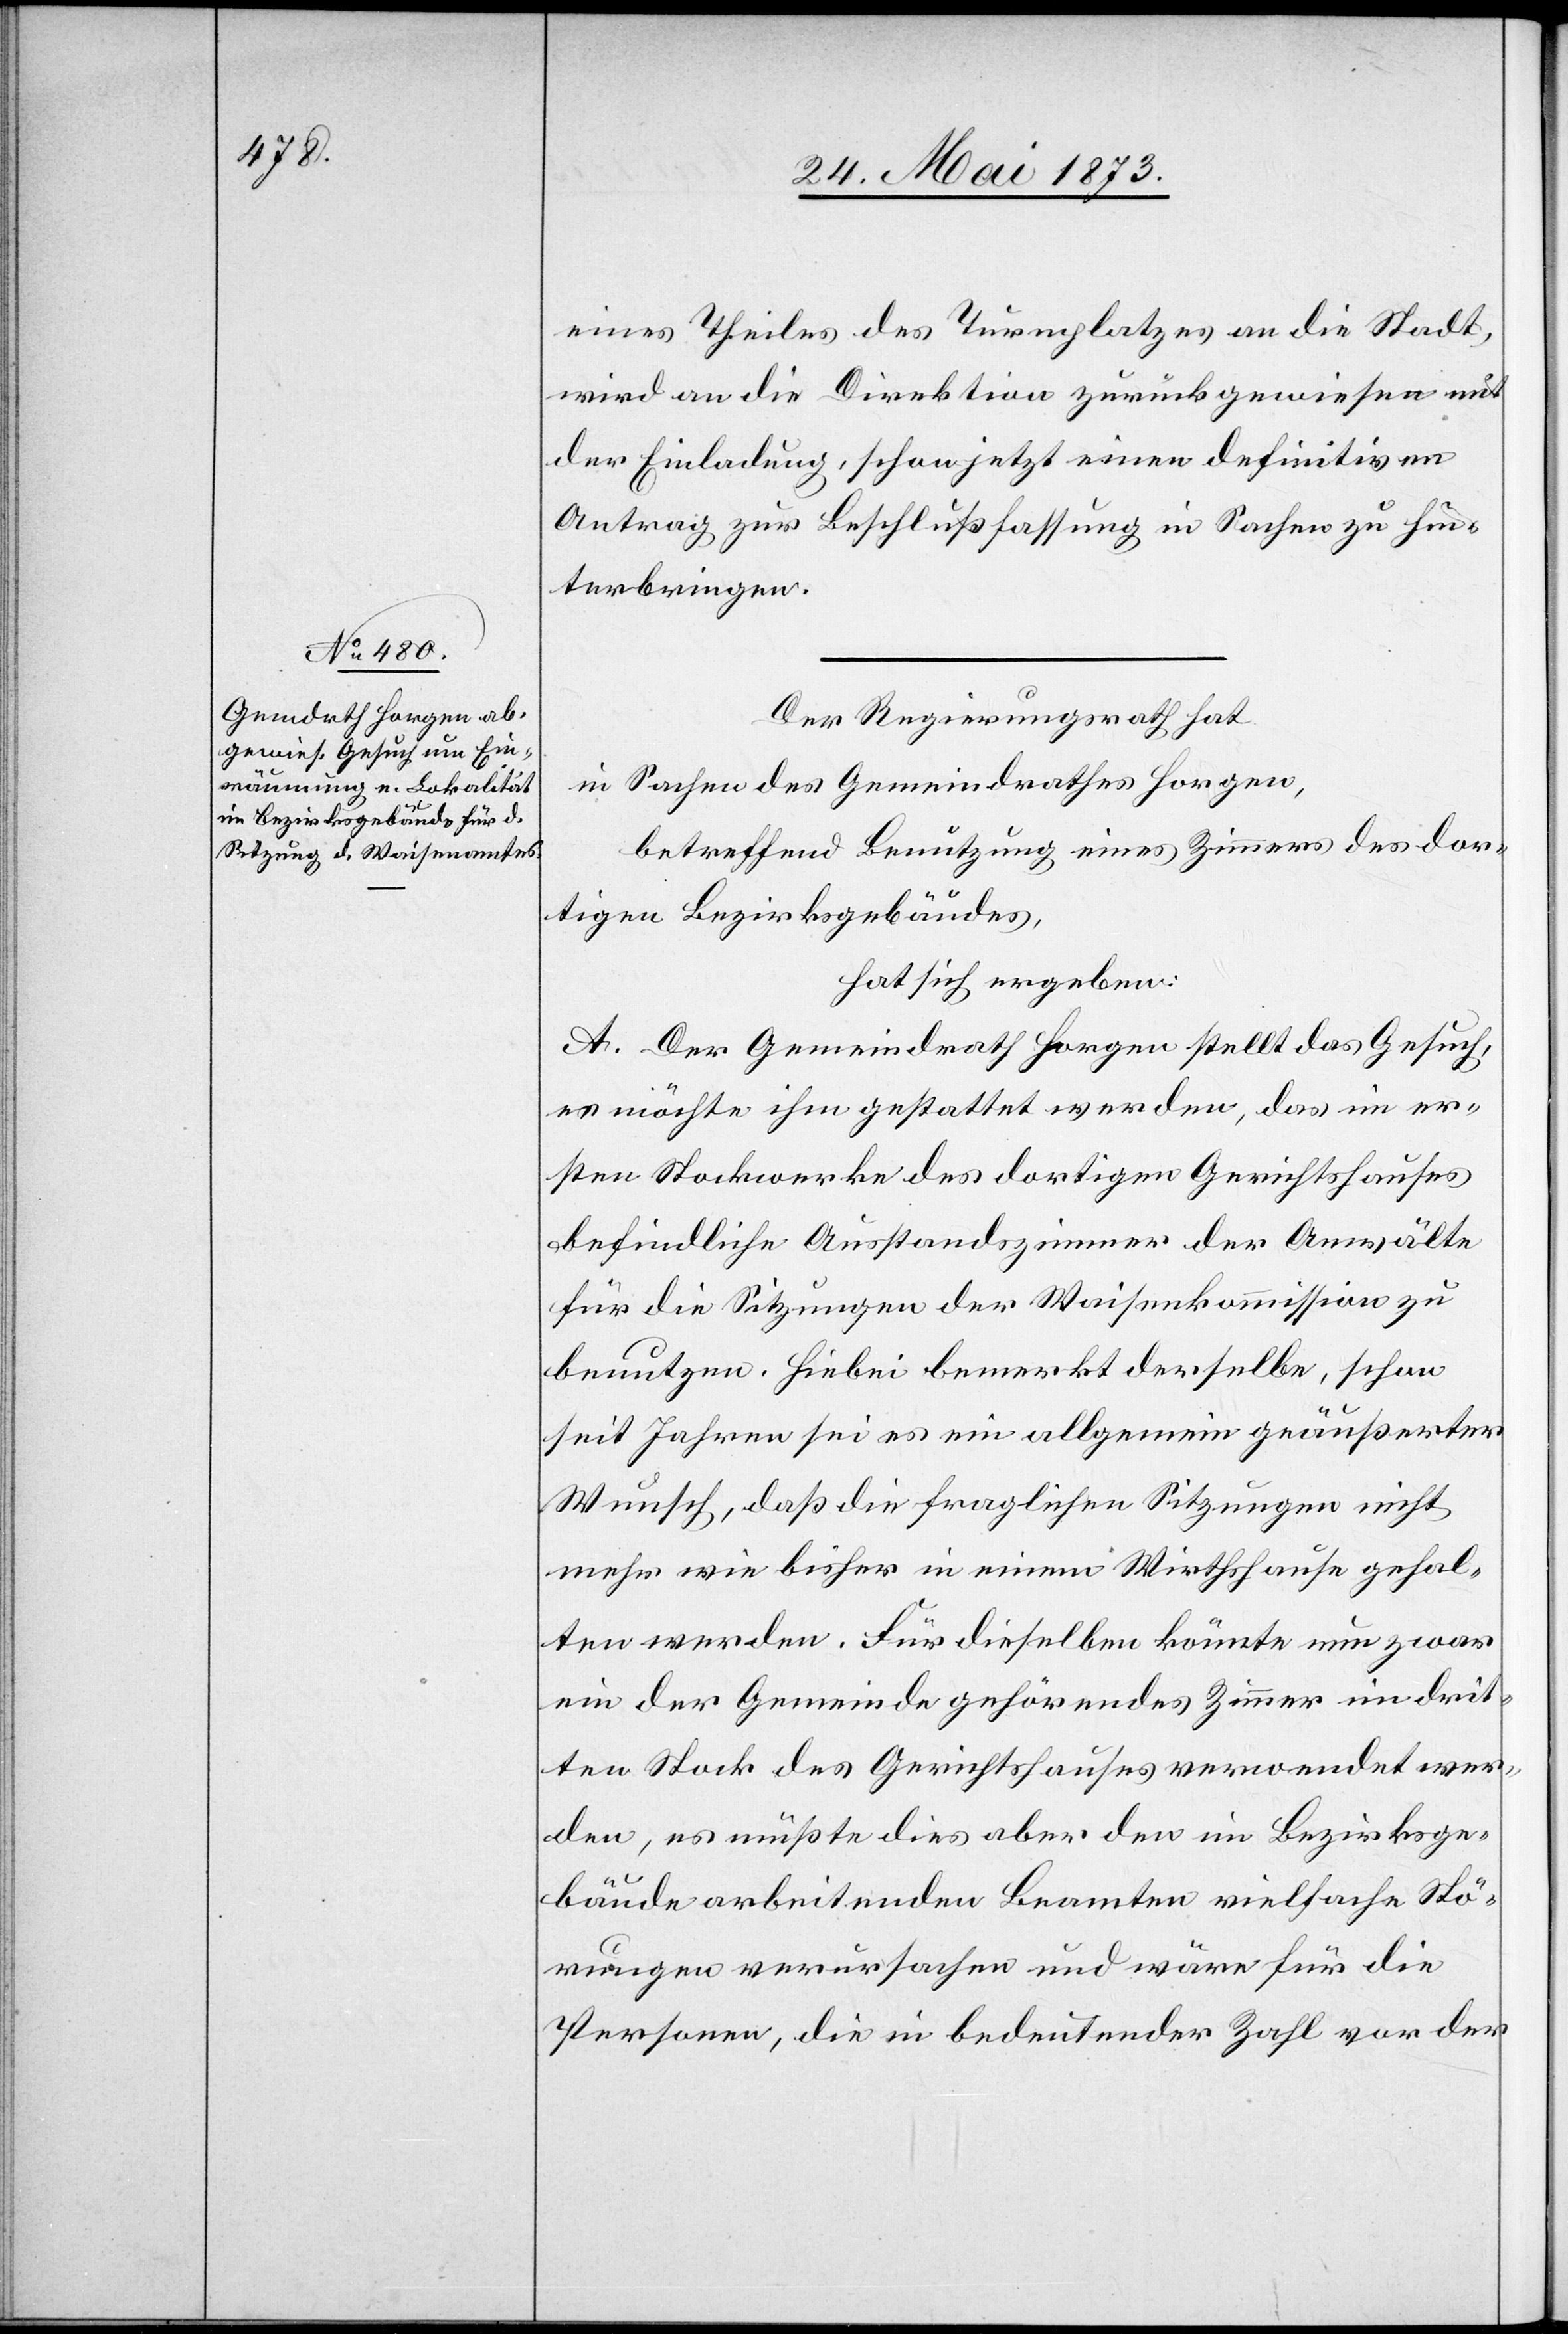
eines Theiles des Turnplatzes an die Stadt,
wird an die Direktion zurückgewiesen mit
der Einladung, schon jetzt einen definitiven
Antrag zur Beschlußfassung in Sachen zu hin¬
terbringen.
Der Regierungsrath hat
in Sachen des Gemeindrathes Horgen,
betreffend Benützung eines Zimmers des dor¬
tigen Bezirksgebäudes,
hat sich ergeben:
A. Der Gemeindrath Horgen stellt das Gesuch,
es möchte ihm gestattet werden, das im er¬
sten Stockwerke des dortigen Gerichtshauses
befindliche Ausstandszimmer der Anwälte
für die Sitzungen der Waisenkommission zu
benutzen. Hiebei bemerkt derselbe, schon
seit Jahren sei es ein allgemein geäußerter
Wunsch, daß die fraglichen Sitzungen nicht
mehr wie bisher in einem Wirthshause gehal¬
ten werden. Für dieselben könnte nun zwar
ein der Gemeinde gehörendes Zimmer im drit¬
ten Stock des Gerichtshauses verwendet wer¬
den, es müßte dies aber den im Bezirksge¬
bäude arbeitenden Beamten vielfache Stö¬
rungen verursachen und wäre für die
Personen, die in bedeutender Zahl vor der